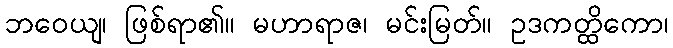
ဘဝေယျ၊ ဖြစ်ရာ၏။ မဟာရာဇ၊ မင်းမြတ်။ ဥဒကတ္ထိကော၊